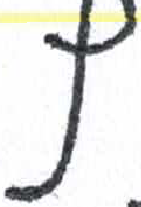
אות: ץ